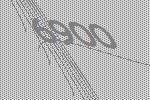
6900